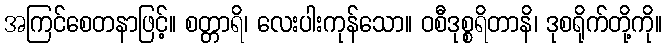
အကြင်စေတနာဖြင့်။ စတ္တာရိ၊ လေးပါးကုန်သော။ ဝစီဒုစ္စရိတာနိ၊ ဒုစရိုက်တို့ကို။